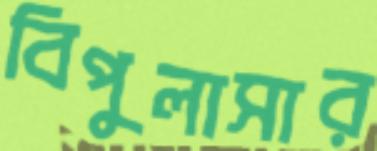
বিপুলাসার